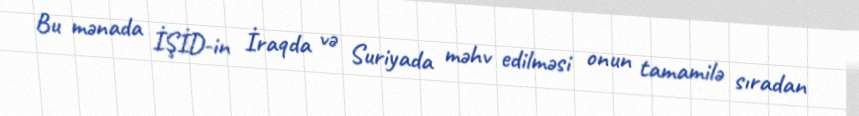
Bu mənada İŞİD-in İraqda və Suriyada məhv edilməsi onun tamamilə sıradan